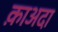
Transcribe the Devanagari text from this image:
क़ाअदा